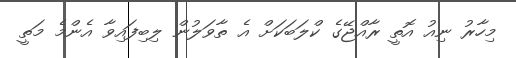
މިހާރު ނިއު އޮތީ ރާއްޖޭގެ ކްލަބަކަށް އެ ތާވަލުން ލިބިފައިވާ އެންމެ މަތީ